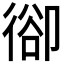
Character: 𢔱